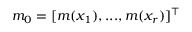
m _ { 0 } = [ m ( x _ { 1 } ) , . . . , m ( x _ { r } ) ] ^ { \intercal }